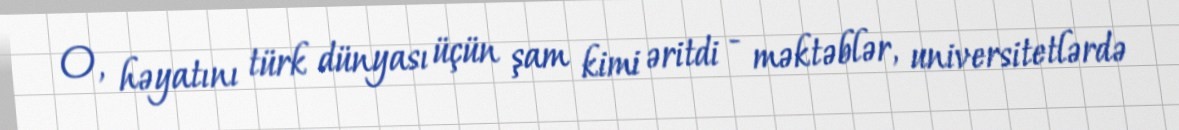
O, həyatını türk dünyası üçün şam kimi əritdi - məktəblər, universitetlərdə